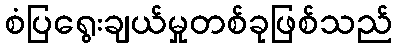
စံပြရွေးချယ်မှုတစ်ခုဖြစ်သည်